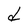
Character: d